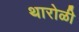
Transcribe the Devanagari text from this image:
थारोळी